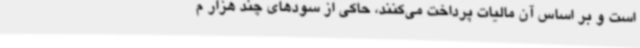
است و بر اساس آن مالیات پرداخت می‌کنند، حاکی از سودهای چند هزار م